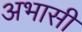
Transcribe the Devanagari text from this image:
अभासी